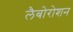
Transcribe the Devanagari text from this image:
लैबोरोशन